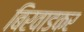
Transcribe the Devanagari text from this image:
बिरवाडकर